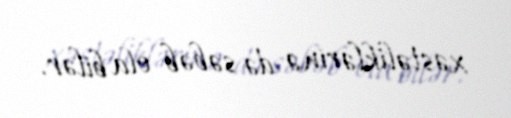
xəstəliklərinə də səbəb ola bilər.